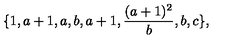
\{ 1 , a + 1 , a , b , a + 1 , \frac { ( a + 1 ) ^ { 2 } } { b } , b , c \} ,